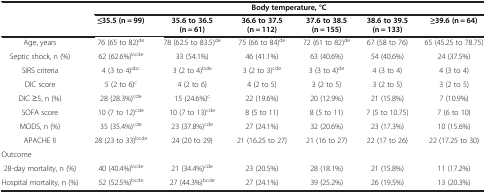
<table><thead><tr><td><b> </b></td><td colspan="6"><b>Body temperature, °C</b></td></tr><tr><td><b> </b></td><td><b>≤35.5 (n = 99)</b></td><td><b>35.6 to 36.5 (n = 61)</b></td><td><b>36.6 to 37.5 (n = 112)</b></td><td><b>37.6 to 38.5 (n = 155)</b></td><td><b>38.6 to 39.5 (n = 133)</b></td><td><b>≥39.6 (n = 64)</b></td></tr></thead><tbody><tr><td>Age, years</td><td>76 (65 to 82)<sup>de</sup></td><td>78 (62.5 to 83.5)<sup>de</sup></td><td>75 (66 to 84)<sup>de</sup></td><td>72 (61 to 82)<sup>de</sup></td><td>67 (58 to 76)</td><td>65 (45.25 to 78.75)</td></tr><tr><td>Septic shock, n (%)</td><td>62 (62.6%)<sup>bcde</sup></td><td>33 (54.1%)</td><td>46 (41.1%)</td><td>63 (40.6%)</td><td>54 (40.6%)</td><td>24 (37.5%)</td></tr><tr><td>SIRS criteria</td><td>4 (3 to 4)<sup>abc</sup></td><td>3 (2 to 4)<sup>bde</sup></td><td>3 (2 to 3)<sup>cde</sup></td><td>3 (3 to 4)<sup>de</sup></td><td>4 (3 to 4)</td><td>4 (3 to 4)</td></tr><tr><td>DIC score</td><td>5 (2 to 6)<sup>c</sup></td><td>4 (2 to 6)</td><td>4 (2 to 5)</td><td>3 (2 to 5)</td><td>3 (2 to 5)</td><td>3 (2 to 5)</td></tr><tr><td>DIC ≥5, n (%)</td><td>28 (28.3%)<sup>cde</sup></td><td>15 (24.6%)<sup>c</sup></td><td>22 (19.6%)</td><td>20 (12.9%)</td><td>21 (15.8%)</td><td>7 (10.9%)</td></tr><tr><td>SOFA score</td><td>10 (7 to 12)<sup>cde</sup></td><td>10 (7 to 13)<sup>cde</sup></td><td>8 (5 to 11)</td><td>8 (5 to 11)</td><td>7 (5 to 10.75)</td><td>7 (6 to 10)</td></tr><tr><td>MODS, n (%)</td><td>35 (35.4%)<sup>cde</sup></td><td>23 (37.8%)<sup>cde</sup></td><td>27 (24.1%)</td><td>32 (20.6%)</td><td>23 (17.3%)</td><td>10 (15.6%)</td></tr><tr><td>APACHE II</td><td>28 (23 to 33)<sup>bcde</sup></td><td>24 (20 to 29)</td><td>21 (16.25 to 27)</td><td>21 (16 to 27)</td><td>22 (17 to 26)</td><td>22 (17.25 to 30)</td></tr><tr><td>Outcome</td><td> </td><td> </td><td> </td><td> </td><td> </td><td> </td></tr><tr><td>28-day mortality, n (%)</td><td>40 (40.4%)<sup>bcde</sup></td><td>21 (34.4%)<sup>cde</sup></td><td>23 (20.5%)</td><td>28 (18.1%)</td><td>21 (15.8%)</td><td>11 (17.2%)</td></tr><tr><td>Hospital mortality, n (%)</td><td>52 (52.5%)<sup>bcde</sup></td><td>27 (44.3%)<sup>bcde</sup></td><td>27 (24.1%)</td><td>39 (25.2%)</td><td>26 (19.5%)</td><td>13 (20.3%)</td></tr></tbody></table>